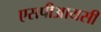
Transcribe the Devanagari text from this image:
एसपीआयसी